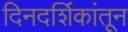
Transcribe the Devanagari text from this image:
दिनदर्शिकांतून